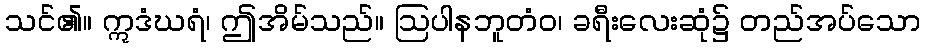
သင်၏။ ဣဒံဃရံ၊ ဤအိမ်သည်။ ဩပါနဘူတံဝ၊ ခရီးလေးဆုံ၌ တည်အပ်သော